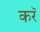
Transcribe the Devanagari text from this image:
करॅ